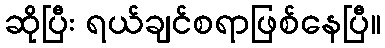
ဆိုပြီး ရယ်ချင်စရာဖြစ်နေပြီ။